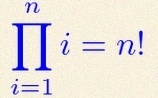
\prod_{i=1}^{n}i=n!